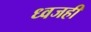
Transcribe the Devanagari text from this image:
ध्वजही